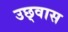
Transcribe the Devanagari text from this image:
उछ्वास